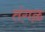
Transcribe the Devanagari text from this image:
तंगळ